Western US Event
Agency: Department of War
Incident date: 2023
Incident location: Western United States
Page 1
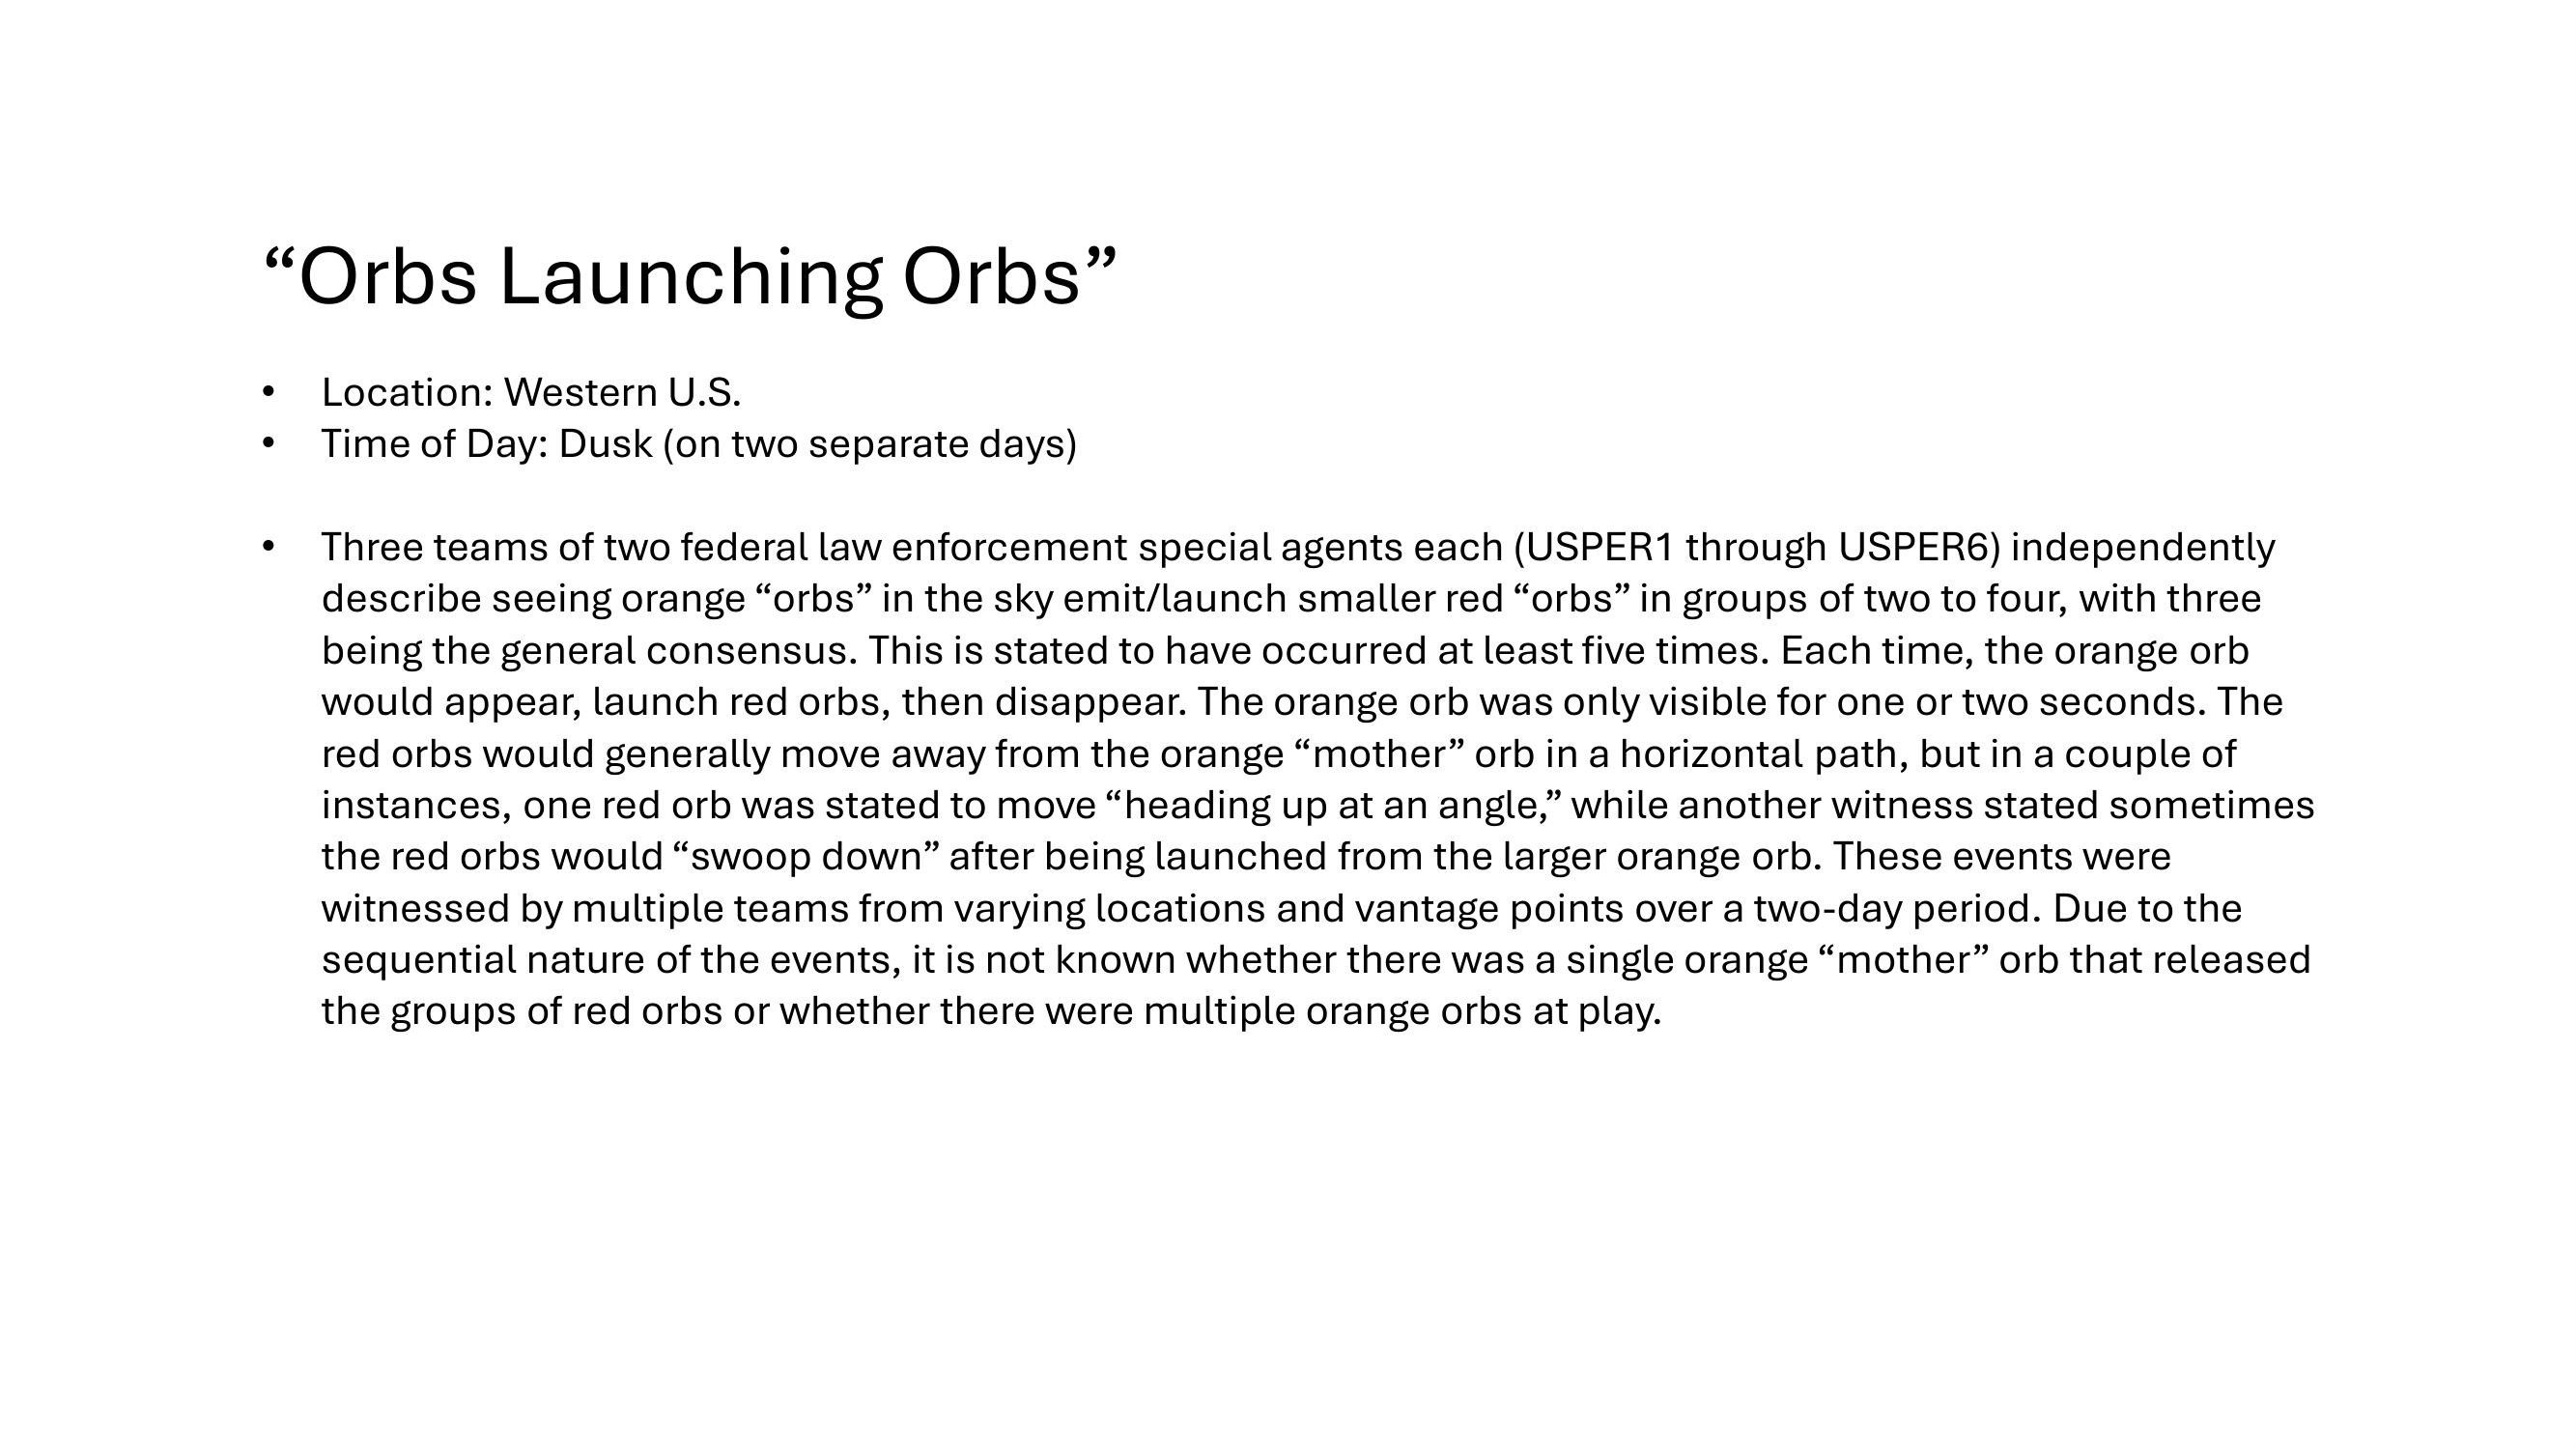